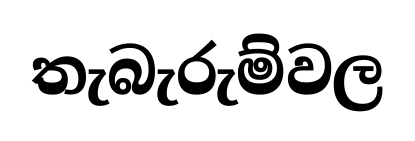
තැබැරුම්වල